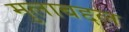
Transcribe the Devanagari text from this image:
मुलाबद्दल